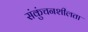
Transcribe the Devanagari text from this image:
संकुंचनशीलता